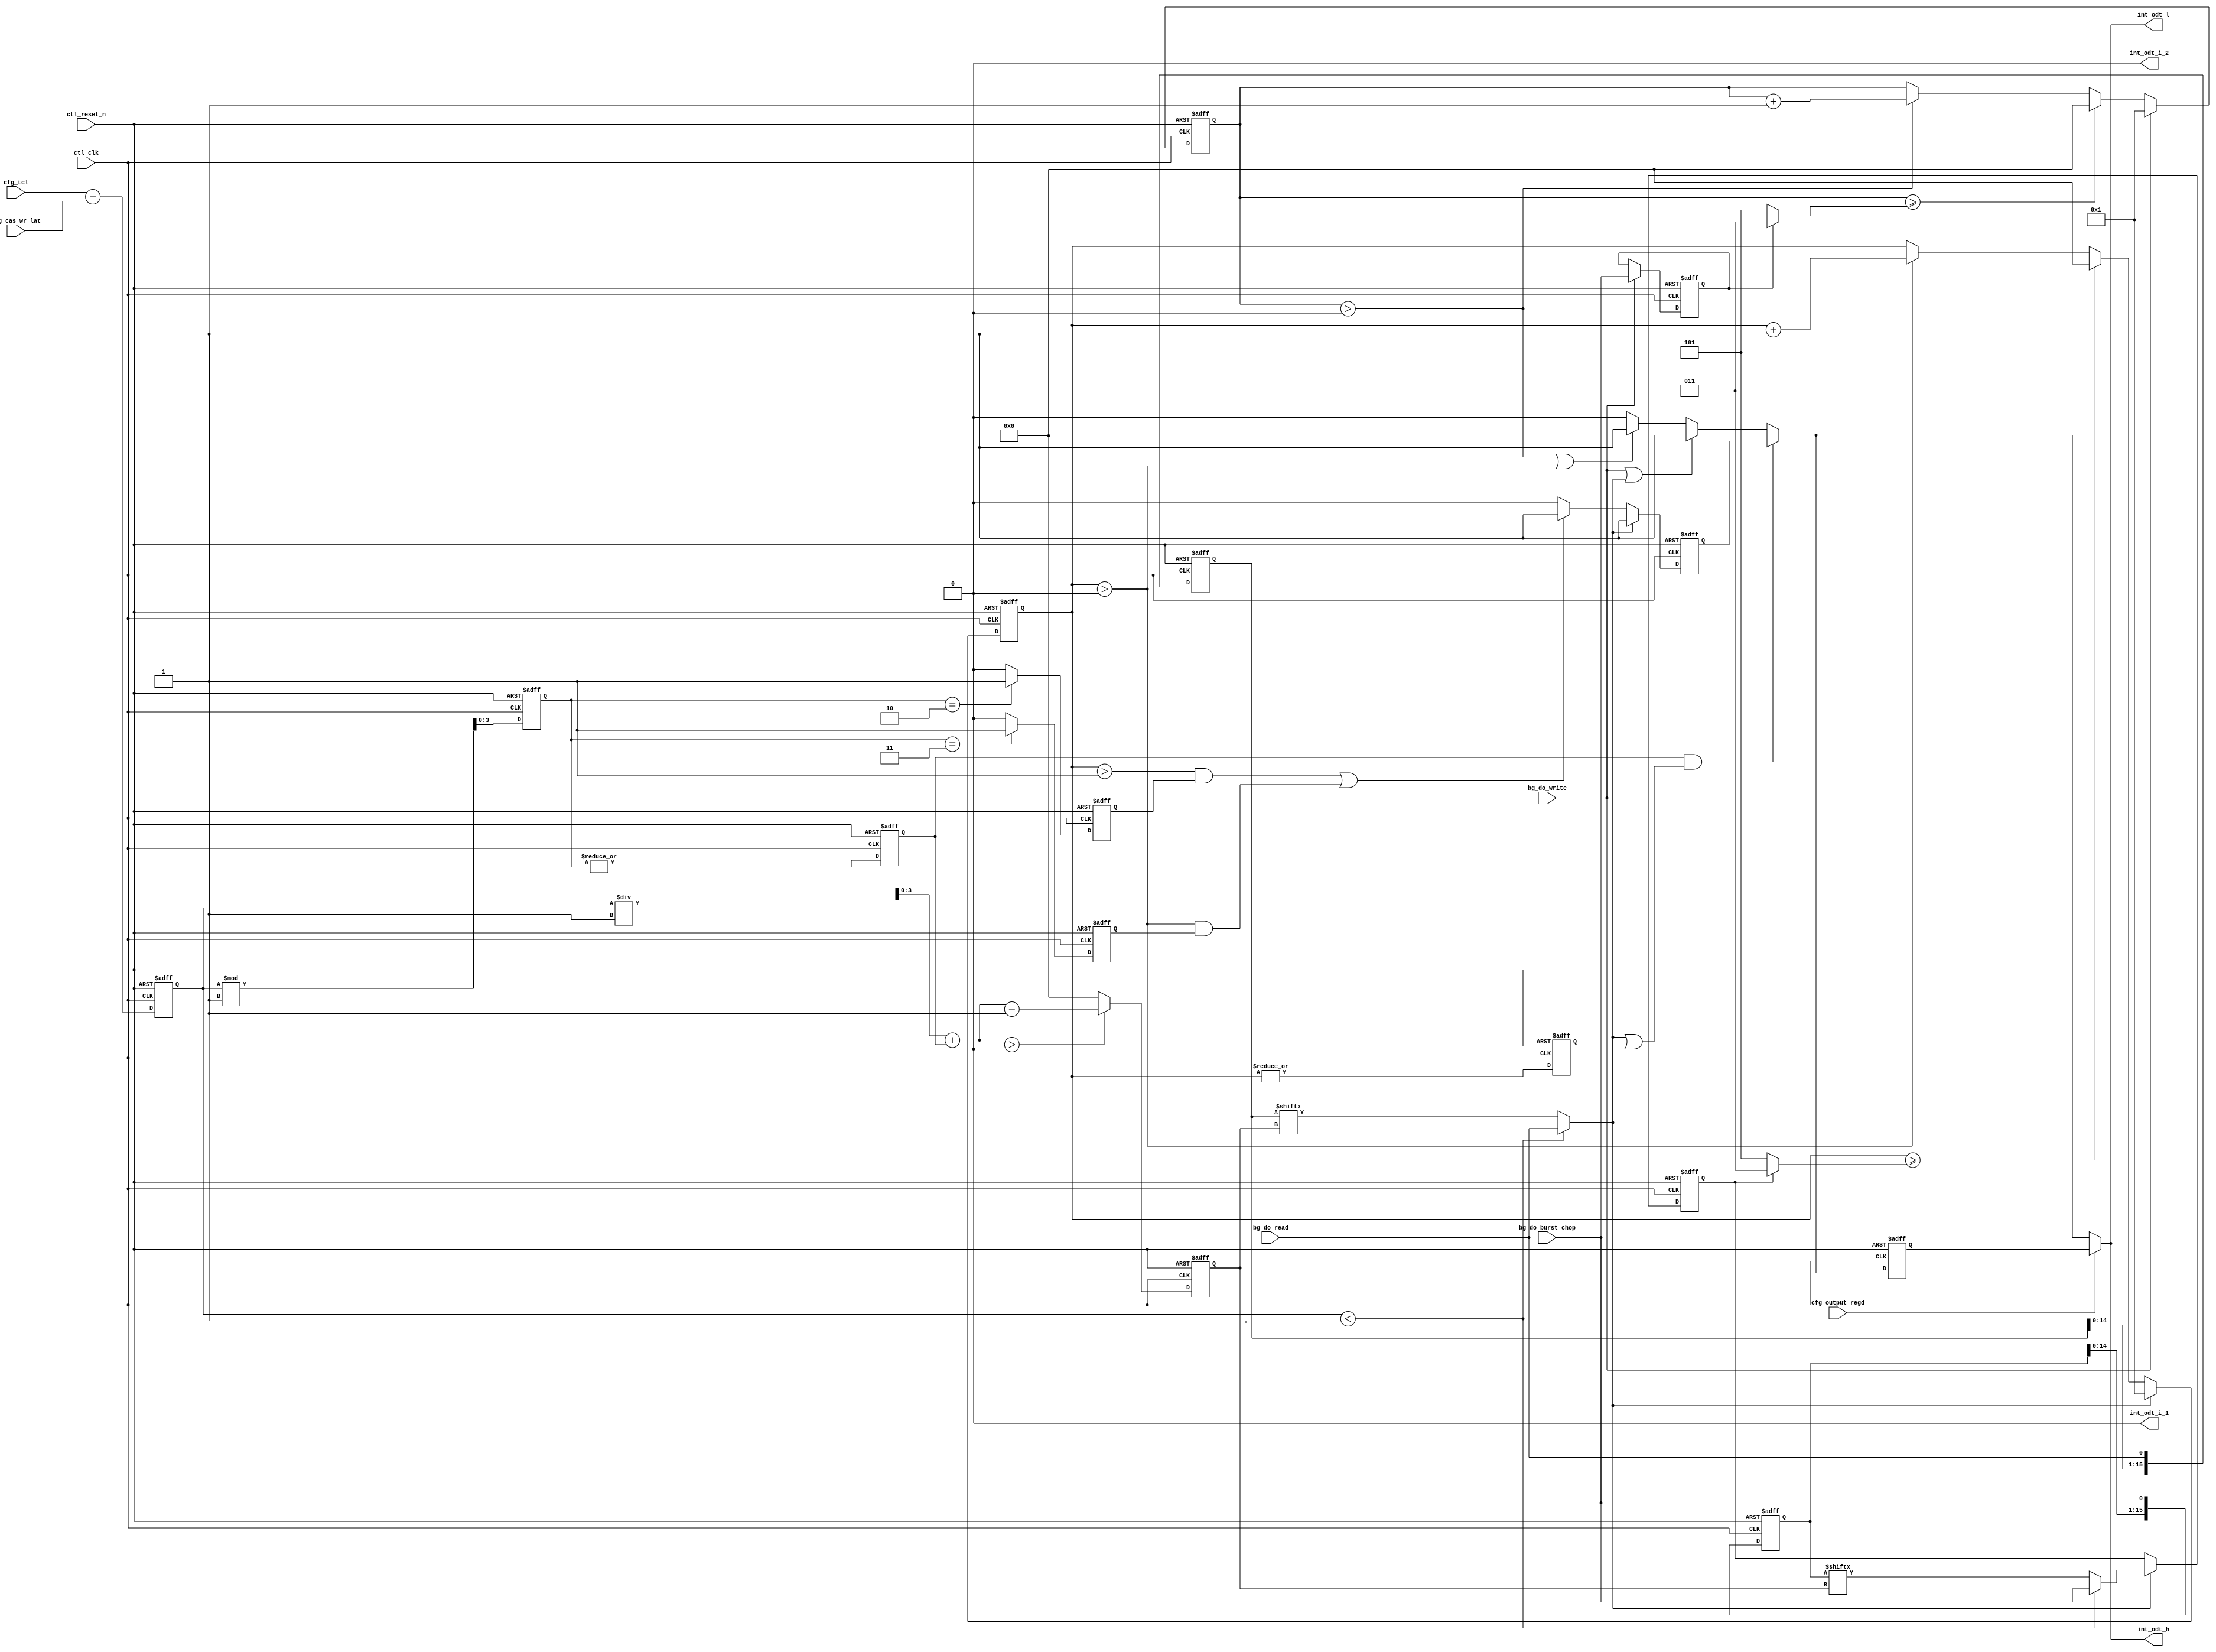
// (C) 2001-2016 Intel Corporation. All rights reserved.
// Your use of Intel Corporation's design tools, logic functions and other 
// software and tools, and its AMPP partner logic functions, and any output 
// files any of the foregoing (including device programming or simulation 
// files), and any associated documentation or information are expressly subject 
// to the terms and conditions of the Intel Program License Subscription 
// Agreement, Intel MegaCore Function License Agreement, or other applicable 
// license agreement, including, without limitation, that your use is for the 
// sole purpose of programming logic devices manufactured by Intel and sold by 
// Intel or its authorized distributors.  Please refer to the applicable 
// agreement for further details.



//altera message_off 10036 10230

`timescale 1 ps / 1 ps
module alt_mem_ddrx_ddr3_odt_gen
    # (parameter
        CFG_DWIDTH_RATIO             =   2,
        CFG_PORT_WIDTH_OUTPUT_REGD   =   1,
        CFG_PORT_WIDTH_TCL           =   4,
        CFG_PORT_WIDTH_CAS_WR_LAT    =   4
    )
    (
        ctl_clk,
        ctl_reset_n,
        cfg_tcl,
        cfg_cas_wr_lat,
        cfg_output_regd,
        bg_do_write,
        bg_do_read,
        bg_do_burst_chop,
        int_odt_l,
        int_odt_h,
        int_odt_i_1,
        int_odt_i_2
    );
    
    localparam  integer CFG_TCL_PIPE_LENGTH =   2**CFG_PORT_WIDTH_TCL;
    //=================================================================================================//
    //        DDR3 ODT timing parameters                                                               //
    //=================================================================================================//
    
    localparam integer    CFG_ODTH8             = 6; //Indicates No. of cycles ODT signal should stay high
    localparam integer    CFG_ODTH4             = 4; //Indicates No. of cycles ODT signal should stay high
    localparam integer    CFG_ODTPIPE_THRESHOLD = CFG_DWIDTH_RATIO / 2;
    // AL also applies to ODT signal so ODT logic is AL agnostic
    // also regdimm because ODT is registered too
    // ODTLon = CWL + AL - 2
    // ODTLoff = CWL + AL - 2
    
    //=================================================================================================//
    //        input/output declaration                                                                 //
    //=================================================================================================//
    
    input   ctl_clk;
    input   ctl_reset_n;
    input   [CFG_PORT_WIDTH_TCL-1:0]         cfg_tcl;
    input   [CFG_PORT_WIDTH_CAS_WR_LAT-1:0]  cfg_cas_wr_lat;
    input   [CFG_PORT_WIDTH_OUTPUT_REGD-1:0] cfg_output_regd;
    input   bg_do_write;
    input   bg_do_read;
    input   bg_do_burst_chop;
    output  int_odt_l;
    output  int_odt_h;
    output  int_odt_i_1;
    output  int_odt_i_2;
    
    //=================================================================================================//
    //        reg/wire declaration                                                                     //
    //=================================================================================================//
    
    wire    bg_do_write;
    reg     int_do_read;
    reg     int_do_write_burst_chop;
    reg     int_do_read_burst_chop;
    reg     int_do_read_burst_chop_c;
    reg     do_read_r;
    
    wire [3:0]  diff_unreg;                 // difference between CL and CWL
    reg  [3:0]  diff;
    wire [3:0]  diff_modulo_unreg;
    reg  [3:0]  diff_modulo;
    wire [3:0]  sel_do_read_pipe_unreg;
    reg  [3:0]  sel_do_read_pipe;
    reg         diff_modulo_not_zero;
    reg         diff_modulo_one;
    reg         diff_modulo_two;
    reg         diff_modulo_three;
    
    reg     int_odt_l_int;
    reg     int_odt_l_int_r1;
    reg     int_odt_l_int_r2;
    
    reg     premux_odt_h;
    reg     premux_odt_h_r;
    reg     int_odt_h_int;
    reg     int_odt_h_int_r1;
    reg     int_odt_h_int_r2;
    
    reg     int_odt_i_1_int;
    reg     int_odt_i_2_int;
    reg     int_odt_i_1_int_r1;
    reg     int_odt_i_2_int_r1;
    reg     int_odt_i_1_int_r2;
    reg     int_odt_i_2_int_r2;
    
    wire    int_odt_l;
    wire    int_odt_h;
    wire    int_odt_i_1;
    wire    int_odt_i_2;
    reg  [3:0]   doing_write_count;
    reg  [3:0]   doing_read_count;
    wire         doing_read_count_not_zero;
    reg          doing_read_count_not_zero_r;
    wire [3:0]   doing_write_count_limit;
    wire [3:0]   doing_read_count_limit;
   
    reg [CFG_TCL_PIPE_LENGTH        -1:0]   do_read_pipe;
    reg [CFG_TCL_PIPE_LENGTH        -1:0]   do_burst_chop_pipe;

    //=================================================================================================//
    //        Define ODT pulse width during READ operation                                             //
    //=================================================================================================//
    
    //ODTLon/ODTLoff are calculated based on CWL, Below logic is to compensate for that timing during read, Needs to delay ODT signal by cfg_tcl - cfg_cas_wr_lat
    
    assign  diff_unreg              = cfg_tcl - cfg_cas_wr_lat;
    assign  diff_modulo_unreg       = (diff % CFG_ODTPIPE_THRESHOLD); 
    assign  sel_do_read_pipe_unreg  = (diff / CFG_ODTPIPE_THRESHOLD) + diff_modulo_not_zero;
    //assign  diff_modulo_not_zero    = (|diff_modulo);
    //assign sel_do_read_pipe = diff - CFG_ODTPIPE_THRESHOLD;
    
    always @(posedge ctl_clk, negedge ctl_reset_n)
        begin
            if (!ctl_reset_n)
                begin 
                    diff                <= 0; 
                    diff_modulo         <= 0;
                    sel_do_read_pipe    <= 0;
                end
            else
                begin 
                    diff                <= diff_unreg; 
                    diff_modulo         <= diff_modulo_unreg;
                    sel_do_read_pipe    <= (sel_do_read_pipe_unreg > 0) ? (sel_do_read_pipe_unreg - 1'b1) : 0;
                end
        end
    
    always @ (posedge ctl_clk or negedge ctl_reset_n)
        begin
            if (!ctl_reset_n)
                begin
                    diff_modulo_not_zero <= 1'b0;
                    diff_modulo_one      <= 1'b0;
                    diff_modulo_two      <= 1'b0;
                    diff_modulo_three    <= 1'b0;
                end
            else
                begin
                    diff_modulo_not_zero <= |diff_modulo;
                    diff_modulo_one      <= (diff_modulo == 1) ? 1'b1 : 1'b0;
                    diff_modulo_two      <= (diff_modulo == 2) ? 1'b1 : 1'b0;
                    diff_modulo_three    <= (diff_modulo == 3) ? 1'b1 : 1'b0;
                end
        end

    always @ (*) 
        begin
            int_do_read              = (diff < CFG_ODTPIPE_THRESHOLD) ? bg_do_read       : do_read_pipe       [sel_do_read_pipe] ;
            int_do_read_burst_chop_c = (diff < CFG_ODTPIPE_THRESHOLD) ? bg_do_burst_chop : do_burst_chop_pipe [sel_do_read_pipe] ;
        end

    always @ (posedge ctl_clk or negedge ctl_reset_n) 
        begin
            if (~ctl_reset_n)
                begin
                    int_do_read_burst_chop <= 1'b0;
                end
            else
                begin
                    if (int_do_read)
                        begin
                            int_do_read_burst_chop <= int_do_read_burst_chop_c;
                        end
                end
        end
    
    always @(posedge ctl_clk, negedge ctl_reset_n)
        begin
            if (!ctl_reset_n)
                begin
                    do_read_pipe <= 0;
                end
            else
                begin
                    do_read_pipe[CFG_TCL_PIPE_LENGTH-1:0] <= {do_read_pipe[CFG_TCL_PIPE_LENGTH-2:0], bg_do_read};
                end
        end

    always @(posedge ctl_clk, negedge ctl_reset_n)
        begin
            if (!ctl_reset_n)
                begin
                    do_burst_chop_pipe <= 0;
                end
            else
                begin
                    do_burst_chop_pipe[CFG_TCL_PIPE_LENGTH-1:0] <= {do_burst_chop_pipe[CFG_TCL_PIPE_LENGTH-2:0], bg_do_burst_chop};
                end
        end
    
    assign doing_read_count_limit    = int_do_read_burst_chop ? ((CFG_ODTH4 / (CFG_DWIDTH_RATIO / 2)) - 1) : ((CFG_ODTH8 / (CFG_DWIDTH_RATIO / 2)) - 1);
    assign doing_read_count_not_zero = (|doing_read_count);
    
    always @(posedge ctl_clk, negedge ctl_reset_n)
        begin
            if (!ctl_reset_n)
                begin
                    doing_read_count <= 0;
                end
            else
                begin
                    if (int_do_read)
                        begin
                            doing_read_count <= 1;
                        end
                    else if (doing_read_count >= doing_read_count_limit)
                        begin
                            doing_read_count <= 0;
                        end
                    else if (doing_read_count > 0)
                        begin
                            doing_read_count <= doing_read_count + 1'b1;
                        end
                end
        end
    
    always @ (posedge ctl_clk or negedge ctl_reset_n)
        begin
            if (~ctl_reset_n)
                begin
                    doing_read_count_not_zero_r <= 1'b0;
                end
            else
                begin
                    doing_read_count_not_zero_r <= doing_read_count_not_zero;
                end
        end

    //=================================================================================================//
    //        Define ODT pulse width during WRITE operation                                            //
    //=================================================================================================//

    always @ (posedge ctl_clk or negedge ctl_reset_n) 
        begin
            if (~ctl_reset_n)
                begin
                    int_do_write_burst_chop <= 1'b0;
                end
            else
                begin
                    if (bg_do_write)
                        begin
                            int_do_write_burst_chop <= bg_do_burst_chop;
                        end
                end
        end

    assign doing_write_count_limit = int_do_write_burst_chop ? ((CFG_ODTH4 / (CFG_DWIDTH_RATIO / 2)) - 1) : ((CFG_ODTH8 / (CFG_DWIDTH_RATIO / 2)) - 1);
    
    always @(posedge ctl_clk, negedge ctl_reset_n)
        begin
            if (!ctl_reset_n)
                begin
                    doing_write_count <= 0;
                end
            else
                begin
                    if (bg_do_write)
                        begin
                            doing_write_count <= 1;
                        end
                    else if (doing_write_count >= doing_write_count_limit)
                        begin
                            doing_write_count <= 0;
                        end
                    else if (doing_write_count > 0)
                        begin
                            doing_write_count <= doing_write_count + 1'b1;
                        end
            end
        end
    
    //=================================================================================================//
    //        ODT signal generation block                                                              //
    //=================================================================================================//
    
    always @ (*)
        begin
            if (bg_do_write || int_do_read)
                begin
                    premux_odt_h = 1'b1;
                end
            else if (doing_write_count > 0 || doing_read_count > 0)
                begin
                    premux_odt_h = 1'b1;
                end
            else
                begin
                    premux_odt_h = 1'b0;
                end
        end
  
    always @ (posedge ctl_clk or negedge ctl_reset_n) 
        begin
            if (~ctl_reset_n)
                begin
                    premux_odt_h_r  <= 1'b0;
                end
            else
                begin
                    if (int_do_read)
                        begin
                            premux_odt_h_r <= 1'b1;
                        end
                    else if ((doing_read_count > 1 && ((diff_modulo_one && CFG_ODTPIPE_THRESHOLD == 4) || diff_modulo_two)) || (doing_read_count > 0 && ((diff_modulo_one && CFG_ODTPIPE_THRESHOLD == 2) || diff_modulo_three)))
                        begin
                            premux_odt_h_r <= 1'b1;
                        end
                    else
                        begin
                            premux_odt_h_r <= 1'b0;
                        end
                end
        end

    always @ (*)
        begin
            if (diff_modulo_not_zero & (int_do_read|doing_read_count_not_zero_r))
                begin
                    int_odt_h_int = premux_odt_h_r;
                end
            else // write, read with normal odt
                begin 
                    int_odt_h_int = premux_odt_h;
                end
        end

    always @ (posedge ctl_clk or negedge ctl_reset_n)
        begin
            if (!ctl_reset_n)
                begin
                    int_odt_l_int <= 1'b0;
                end
            else
                begin
                    if (bg_do_write || (int_do_read && !diff_modulo_two && !diff_modulo_three))
                        begin
                            int_odt_l_int <= 1'b1;
                        end
                    else if (doing_write_count > 0 || doing_read_count > 0)
                        begin
                            int_odt_l_int <= 1'b1;
                        end
                    else
                        begin
                            int_odt_l_int <= 1'b0;
                        end
                end
        end
    
    always @ (posedge ctl_clk or negedge ctl_reset_n)
        begin
            if (!ctl_reset_n)
                begin
                    int_odt_i_1_int <= 1'b0;
                end
            else
                begin
                    if (bg_do_write || int_do_read)
                        begin
                            int_odt_i_1_int <= 1'b1;
                        end
                    else if (doing_write_count > 1 || (doing_read_count > 1 && !diff_modulo_not_zero) || (doing_read_count > 0 && diff_modulo_not_zero))
                        begin
                            int_odt_i_1_int <= 1'b1;
                        end
                    else
                        begin
                            int_odt_i_1_int <= 1'b0;
                        end
                end
        end
    
    always @ (posedge ctl_clk or negedge ctl_reset_n)
        begin
            if (!ctl_reset_n)
                begin
                    int_odt_i_2_int <= 1'b0;
                end
            else
                begin
                    if (bg_do_write || int_do_read)
                        begin
                            int_odt_i_2_int <= 1'b1;
                        end
                    else if (doing_write_count > 1 || (doing_read_count > 1 && (!diff_modulo_not_zero || diff_modulo_one)) || (doing_read_count > 0 && (diff_modulo_two || diff_modulo_three)))
                        begin
                            int_odt_i_2_int <= 1'b1;
                        end
                    else
                        begin
                            int_odt_i_2_int <= 1'b0;
                        end
                end
        end
    
    //Generate registered output
    always @ (posedge ctl_clk or negedge ctl_reset_n)
        begin
            if (!ctl_reset_n)
                begin
                    int_odt_h_int_r1   <= 1'b0;
                    int_odt_l_int_r1   <= 1'b0;
                    int_odt_i_1_int_r1 <= 1'b0;
                    int_odt_i_2_int_r1 <= 1'b0;
                    
                    int_odt_h_int_r2   <= 1'b0;
                    int_odt_l_int_r2   <= 1'b0;
                    int_odt_i_1_int_r2 <= 1'b0;
                    int_odt_i_2_int_r2 <= 1'b0;
                end
            else
                begin
                    int_odt_h_int_r1   <= int_odt_h_int;
                    int_odt_l_int_r1   <= int_odt_l_int;
                    int_odt_i_1_int_r1 <= int_odt_i_1_int;
                    int_odt_i_2_int_r1 <= int_odt_i_2_int;
                    
                    int_odt_h_int_r2   <= int_odt_h_int_r1;
                    int_odt_l_int_r2   <= int_odt_l_int_r1;
                    int_odt_i_1_int_r2 <= int_odt_i_1_int_r1;
                    int_odt_i_2_int_r2 <= int_odt_i_2_int_r1;
                end
        end
    
    generate
        if (CFG_DWIDTH_RATIO == 2) // full rate
            begin
                assign  int_odt_h   = (cfg_output_regd == 2) ? int_odt_h_int_r2 : ((cfg_output_regd == 1) ? int_odt_h_int_r1 : int_odt_h_int);
                assign  int_odt_l   = (cfg_output_regd == 2) ? int_odt_h_int_r2 : ((cfg_output_regd == 1) ? int_odt_h_int_r1 : int_odt_h_int);
                assign  int_odt_i_1 = 1'b0;
                assign  int_odt_i_2 = 1'b0;
            end
        else if (CFG_DWIDTH_RATIO == 4) // half rate
            begin
                assign  int_odt_h   = (cfg_output_regd == 2) ? int_odt_h_int_r2 : ((cfg_output_regd == 1) ? int_odt_h_int_r1 : int_odt_h_int);
                assign  int_odt_l   = (cfg_output_regd == 2) ? int_odt_l_int_r2 : ((cfg_output_regd == 1) ? int_odt_l_int_r1 : int_odt_l_int);
                assign  int_odt_i_1 = 1'b0;
                assign  int_odt_i_2 = 1'b0;
            end
        else if (CFG_DWIDTH_RATIO == 8) // quarter rate
            begin
                assign  int_odt_h   = (cfg_output_regd == 2) ? int_odt_h_int_r2   : ((cfg_output_regd == 1) ? int_odt_h_int_r1   : int_odt_h_int  );
                assign  int_odt_l   = (cfg_output_regd == 2) ? int_odt_l_int_r2   : ((cfg_output_regd == 1) ? int_odt_l_int_r1   : int_odt_l_int  );
                assign  int_odt_i_1 = (cfg_output_regd == 2) ? int_odt_i_1_int_r2 : ((cfg_output_regd == 1) ? int_odt_i_1_int_r1 : int_odt_i_1_int);
                assign  int_odt_i_2 = (cfg_output_regd == 2) ? int_odt_i_2_int_r2 : ((cfg_output_regd == 1) ? int_odt_i_2_int_r1 : int_odt_i_2_int);
            end
    endgenerate
    
endmodule